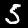
Label: 5